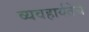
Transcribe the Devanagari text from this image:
व्यवहार्यतेचे